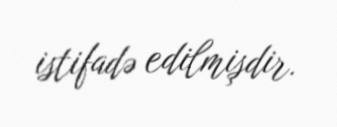
istifadə edilmişdir.